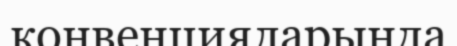
конвенцияларында